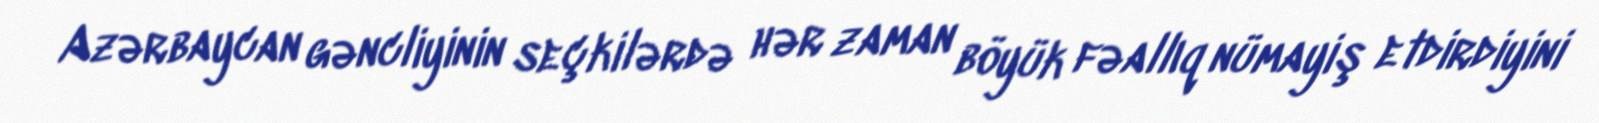
Azərbaycan gəncliyinin seçkilərdə hər zaman böyük fəallıq nümayiş etdirdiyini